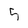
Character: 5